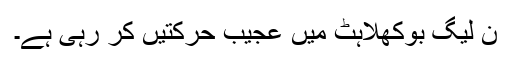
ن لیگ بوکھلاہٹ میں عجیب حرکتیں کر رہی ہے۔